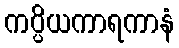
ကပ္ပိယကာရကာနံ